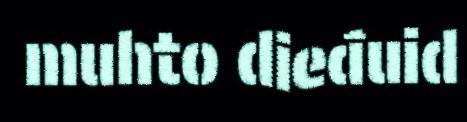
muhto dieđuid